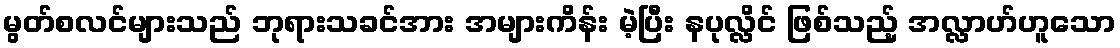
မွတ်စလင်များသည် ဘုရားသခင်အား အများကိန်း မဲ့ပြီး နပုလ္လိင် ဖြစ်သည့် အလ္လာဟ်ဟူသော